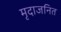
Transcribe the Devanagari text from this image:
मृदाजनित